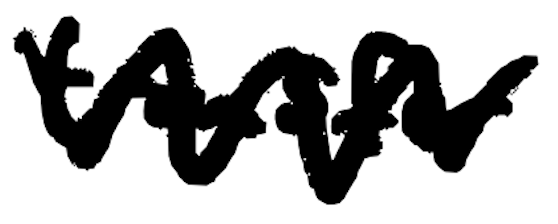
Text: transfer
Cross-out: zig-zag
Writing tool: digital_black